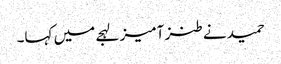
حمید نے طنز آمیز لہجے میں کہا۔